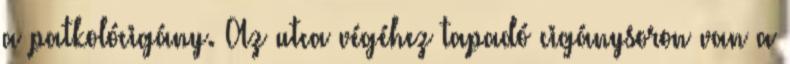
a patkolócigány. Az utca végéhez tapadó cigánysoron van a